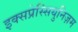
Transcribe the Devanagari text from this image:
इक्सप्रेस्सियुनिज़म